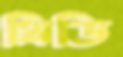
থ্রিডি